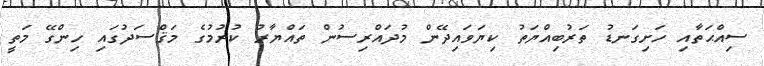
ސިއްޙަތާއި ހަށިގަނޑު ތަރުބިއްޔަތު ކިޔަވައިދޭން މުދައްރިސުން ތައްޔާރު ކުރުމުގެ މަޤްސަދުގައި ހިންގޭ މަތީ